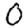
Digit: 0